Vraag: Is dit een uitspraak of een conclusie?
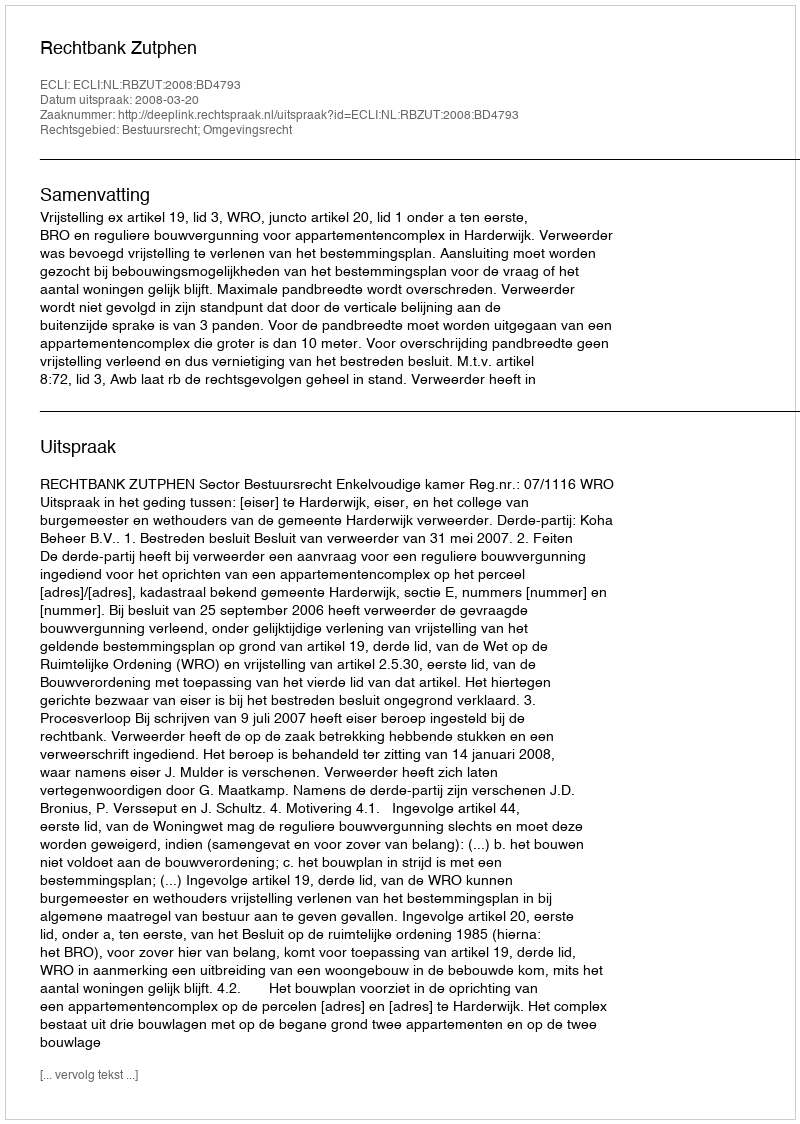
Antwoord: Uitspraak